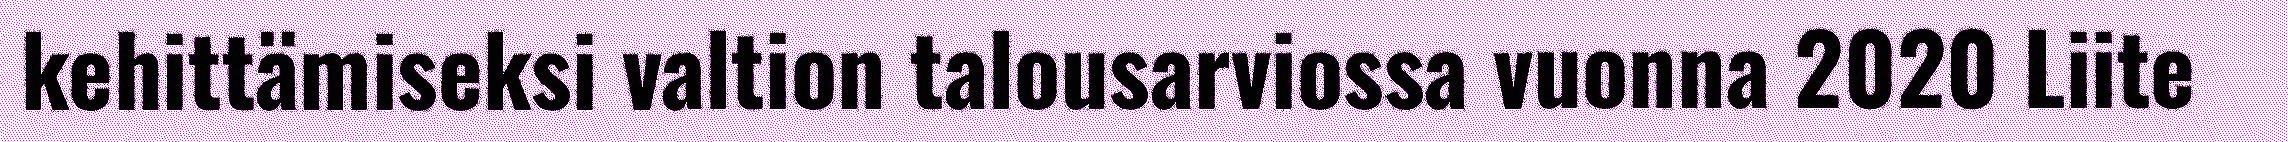
kehittämiseksi valtion talousarviossa vuonna 2020 Liite